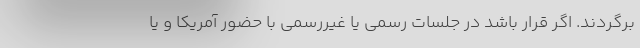
برگردند. اگر قرار باشد در جلسات رسمی یا غیررسمی با حضور آمریکا و یا